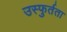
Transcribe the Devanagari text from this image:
उस्फुर्तता